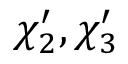
\chi _ { 2 } ^ { \prime } , \chi _ { 3 } ^ { \prime }